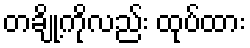
တချို့ကိုလည်း ထုပ်ထား